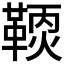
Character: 𩋹